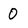
Character: 0